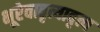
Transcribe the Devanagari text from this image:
भूरेवावृत्यावृत्य